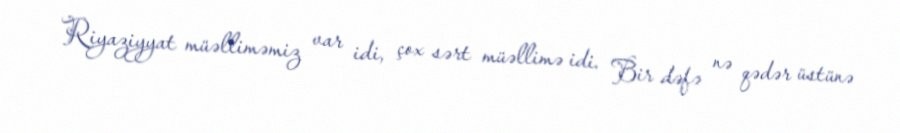
Riyaziyyat müəlliməmiz var idi, çox sərt müəllimə idi. Bir dəfə nə qədər üstünə